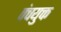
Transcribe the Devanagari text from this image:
पंचयुक्त